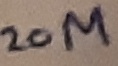
Text: 20M